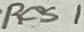
Text: Res1